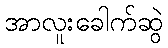
အာလူးခေါက်ဆွဲ